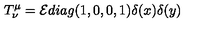
T _ { \nu } ^ { \mu } = { \cal E } d i a g ( 1 , 0 , 0 , 1 ) \delta ( x ) \delta ( y )